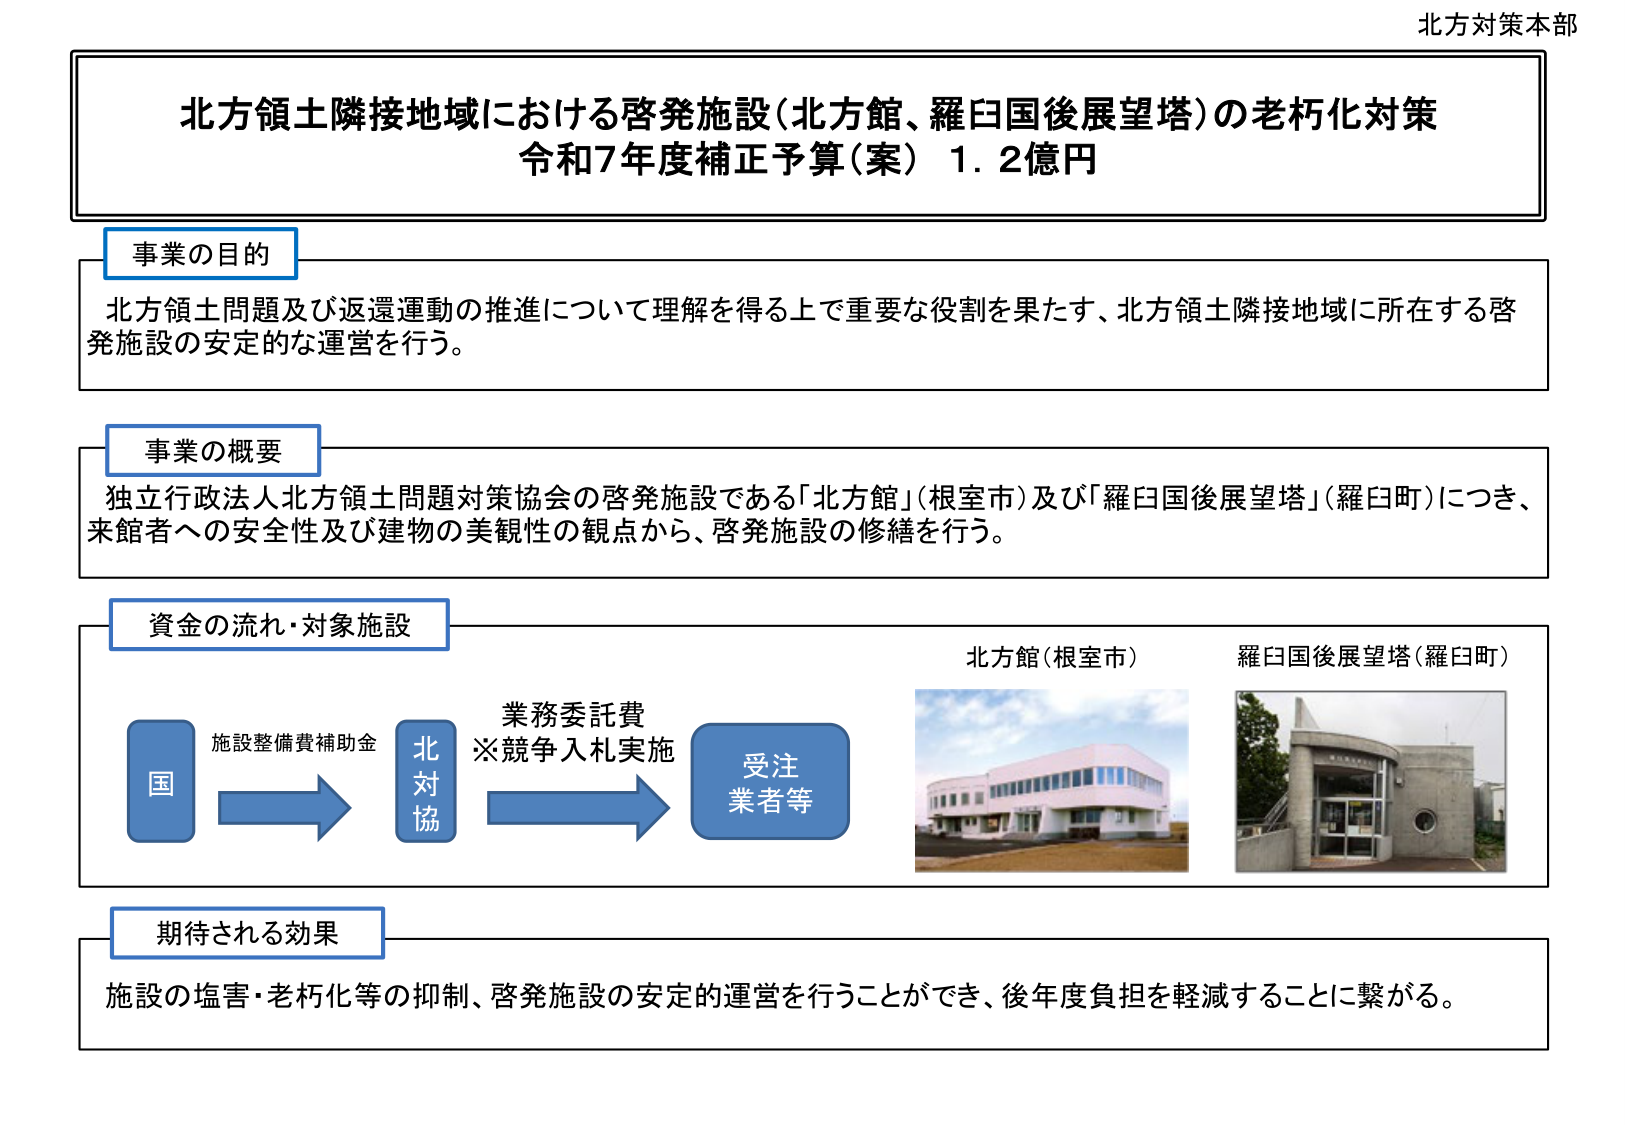
北方対策本部

北方領土隣接地域における啓発施設（北方館、羅臼国後展望塔）の老朽化対策
令和7年度補正予算（案） 1.2億円

事業の目的
北方領土問題及び返還運動の推進について理解を得る上で重要な役割を果たす、北方領土隣接地域に所在する啓発施設の安定的な運営を行う。

事業の概要
独立行政法人北方領土問題対策協会の啓発施設である「北方館」（根室市）及び「羅臼国後展望塔」（羅臼町）につき、来館者への安全性及び建物の美観性の観点から、啓発施設の修繕を行う。

資金の流れ・対象施設
国 → 施設整備費補助金 → 北対協 → 業務委託費
※競争入札実施 → 受注業者等

北方館（根室市）
羅臼国後展望塔（羅臼町）

期待される効果
施設の塩害・老朽化等の抑制、啓発施設の安定的運営を行うことができ、後年度負担を軽減することに繋がる。